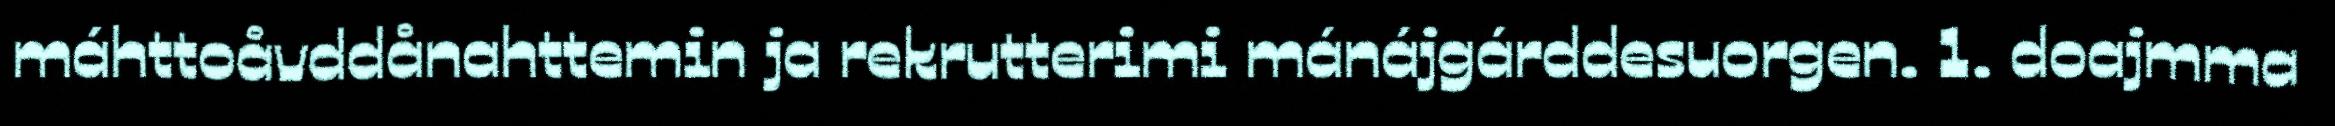
máhttoåvddånahttemin ja rekrutterimi mánájgárddesuorgen. 1. doajmma